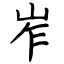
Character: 岝